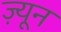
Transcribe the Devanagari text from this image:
ज़्यून